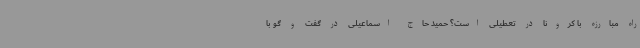
راه مبارزه با کرونا در تعطیلی است؟ حمید حاج اسماعیلی در گفت و گو با